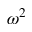
\omega ^ { 2 }